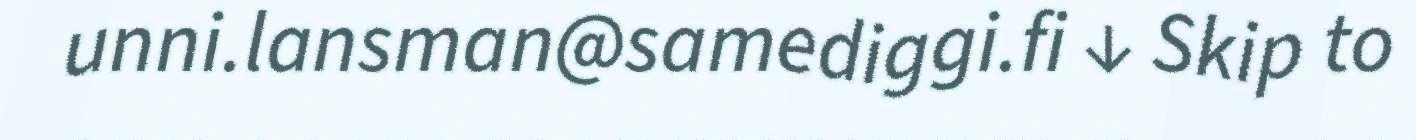
unni.lansman@samediggi.fi ↓ Skip to